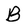
Character: B